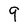
Character: 9